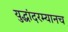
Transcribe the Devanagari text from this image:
युद्धांदरम्यानच